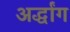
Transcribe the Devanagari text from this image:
अर्द्धांग